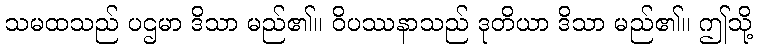
သမထသည် ပဌမာ ဒိသာ မည်၏။ ဝိပဿနာသည် ဒုတိယာ ဒိသာ မည်၏။ ဤသို့